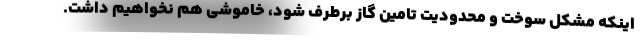
اینکه مشکل سوخت و محدودیت تامین گاز برطرف شود، خاموشی هم نخواهیم داشت.